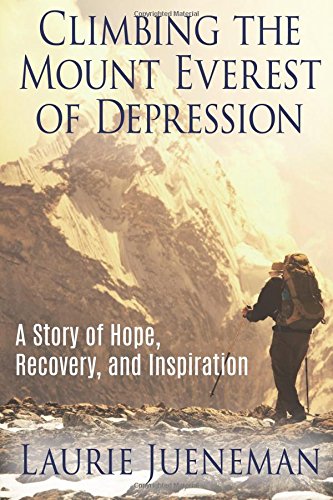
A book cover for Climbing The Mount Everest of Depression: A Story of Hope, Recovery and Inspiration; MS Laurie Jueneman; Health, Fitness & Dieting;